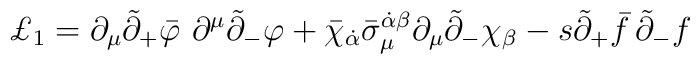
\pounds _1=\partial _\mu \tilde{\partial}_{+}\bar{\varphi}\,\,\partial ^\mu \tilde{\partial}_{-}\varphi +\bar{\chi}_{\dot{\alpha}}\bar{\sigma}_\mu ^{\dot{\alpha}\beta }{}\partial _\mu \tilde{\partial}_{-}\chi _\beta -s\tilde{\partial}_{+}\bar{f}\,\tilde{\partial}_{-}f